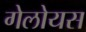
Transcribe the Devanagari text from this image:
गेलोयस